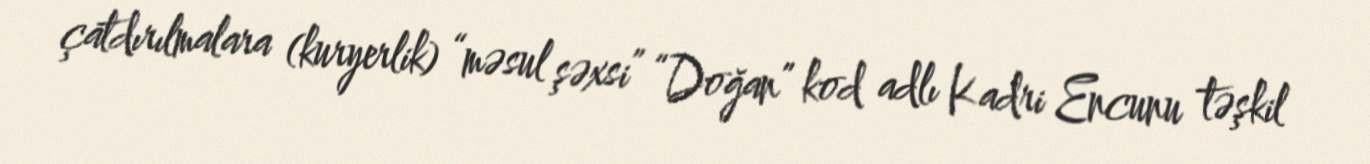
çatdırılmalara (kuryerlik) “məsul şəxsi” “Doğan” kod adlı Kadri Encunu təşkil